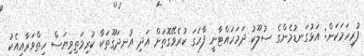
ފުރިހަމަކަން: އަޅުގަނޑުމެންގެ ސުލޫކު ދަމަހައްޓާނީ ފާހަގަ ކުރެވޭގޮތަށް އަދި އުނދަގޫތަކާ ކުރިމަތިވިޔަސް ހިތްވަރާއިއެކު